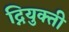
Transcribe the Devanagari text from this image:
द्नियुक्ती